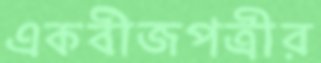
একবীজপত্রীর